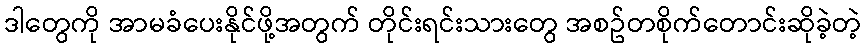
ဒါတွေကို အာမခံပေးနိုင်ဖို့အတွက် တိုင်းရင်းသားတွေ အစဥ်တစိုက်တောင်းဆိုခဲ့တဲ့